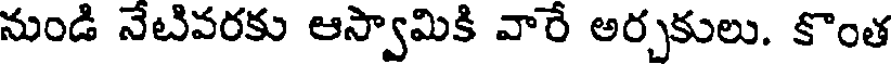
నుండి నేటివరకు ఆస్వామికి వారే అర్చకులు. కొంత